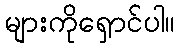
များကိုရှောင်ပါ။